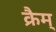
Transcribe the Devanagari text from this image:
क्रैम्